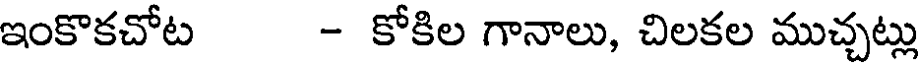
ఇంకొకచోట - కోకిల గానాలు, చిలకల ముచ్చట్లు